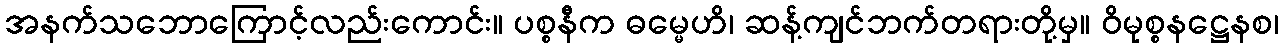
အနက်သဘောကြောင့်လည်းကောင်း။ ပစ္စနီက ဓမ္မေဟိ၊ ဆန့်ကျင်ဘက်တရားတို့မှ။ ဝိမုစ္စနဋ္ဌေနစ၊